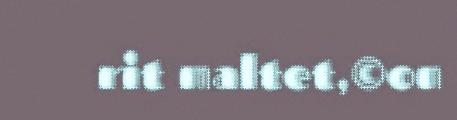
rit maltet,©on